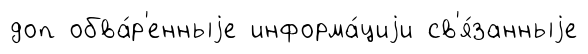
доп обва́р'енныjе информа́циjи св'я́занныjе